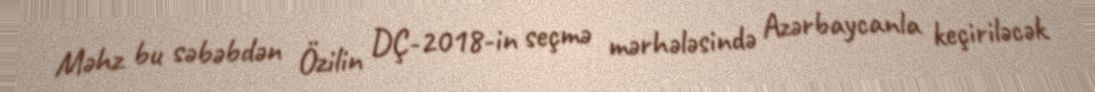
Məhz bu səbəbdən Özilin DÇ-2018-in seçmə mərhələsində Azərbaycanla keçiriləcək